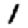
Digit: 1